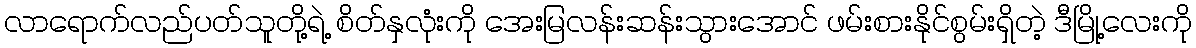
လာရောက်လည်ပတ်သူတို့ရဲ့ စိတ်နှလုံးကို အေးမြလန်းဆန်းသွားအောင် ဖမ်းစားနိုင်စွမ်းရှိတဲ့ ဒီမြို့လေးကို